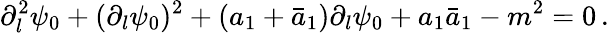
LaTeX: \partial_{l}^{2}\psi_{0}+(\partial_{l}\psi_{0})^{2}+(a_{1}+\bar{a}_{1})\partial_{l}\psi_{0}+a_{1}\bar{a}_{1}-m^{2}=0\, .